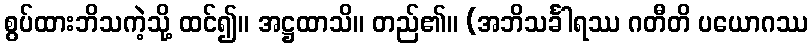
စွပ်ထားဘိသကဲ့သို့ ထင်၍။ အဋ္ဌထာသိ။ တည်၏။ (အဘိသင်္ခါရဿ ဂတီတိ ပယောဂဿ